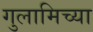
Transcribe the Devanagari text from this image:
गुलामिच्या